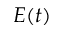
E ( t )